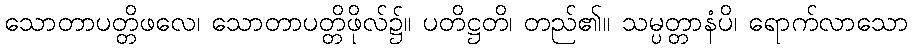
သောတာပတ္တိဖလေ၊ သောတာပတ္တိဖိုလ်၌။ ပတိဋ္ဌတိ၊ တည်၏။ သမ္ပတ္တာနံပိ၊ ရောက်လာသော